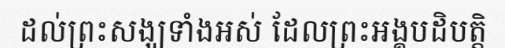
ដល់ព្រះសង្ឃទាំងអស់ ដែលព្រះអង្គបដិបត្តិ